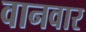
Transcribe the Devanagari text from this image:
वानवार